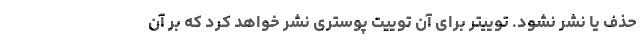
حذف یا نشر نشود. توییتر برای آن توییت پوستری نشر خواهد کرد که بر آن